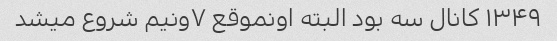
۱۳۴۹ کانال سه بود البته اونموقع ۷ونیم شروع میشد